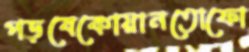
পড়বেকোয়ানতোফো